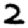
Digit: 2